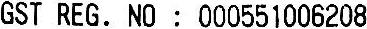
GST REG. NO : 000551006208